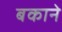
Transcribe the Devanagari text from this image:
बकाने